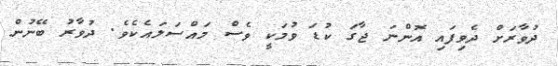
ދުވާރަށް ދެވިފައި އޮންނަ ޖާގަ ކުޑަ ވުމަކީ ވެސް މައްސަލައެކެވެ. ދުވާރު ބޭނުން